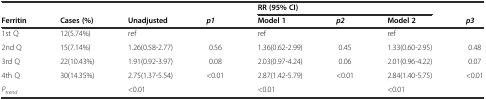
<table><thead><tr><td></td><td></td><td></td><td></td><td colspan="3"><b>RR (95% CI)</b></td><td></td></tr><tr><td><b>Ferritin</b></td><td><b>Cases (%)</b></td><td><b>Unadjusted</b></td><td><b><i>p1</i></b></td><td><b>Model 1</b></td><td><b><i>p2</i></b></td><td><b>Model 2</b></td><td><b><i>p3</i></b></td></tr></thead><tbody><tr><td>1st Q</td><td>12(5.74%)</td><td>ref</td><td></td><td>ref</td><td></td><td>ref</td><td></td></tr><tr><td>2nd Q</td><td>15(7.14%)</td><td>1.26(0.58-2.77)</td><td>0.56</td><td>1.36(0.62-2.99)</td><td>0.45</td><td>1.33(0.60-2.95)</td><td>0.48</td></tr><tr><td>3rd Q</td><td>22(10.43%)</td><td>1.91(0.92-3.97)</td><td>0.08</td><td>2.03(0.97-4.24)</td><td>0.06</td><td>2.01(0.96-4.22)</td><td>0.07</td></tr><tr><td>4th Q</td><td>30(14.35%)</td><td>2.75(1.37-5.54)</td><td>&lt;0.01</td><td>2.87(1.42-5.79)</td><td>&lt;0.01</td><td>2.84(1.40-5.75)</td><td>&lt;0.01</td></tr><tr><td colspan="2"><i>P</i><sub><i>trend</i></sub></td><td>&lt;0.01</td><td></td><td>&lt;0.01</td><td></td><td>&lt;0.01</td><td></td></tr></tbody></table>